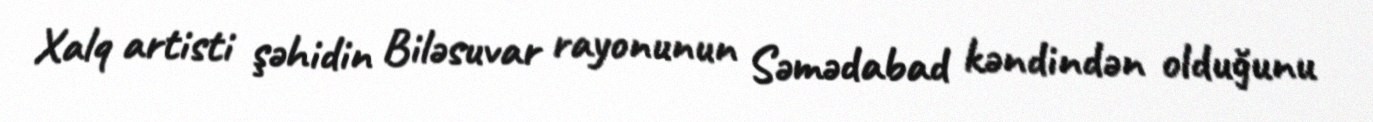
Xalq artisti şəhidin Biləsuvar rayonunun Səmədabad kəndindən olduğunu